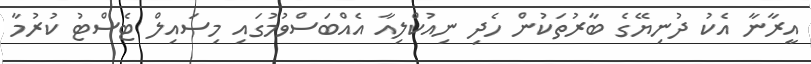
އީރާނާ އެކު ދުނިޔޭގެ ބާރުތަކުން ހެދި ނިއުކްލިއާ އެއްބަސްވުމުގައި މިސައިލް ޓެސްޓު ކުރުމާ